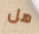
هل